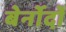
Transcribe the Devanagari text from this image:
बेर्नोर्दो